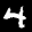
Label: 4